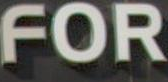
FOR